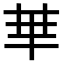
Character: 𠦒